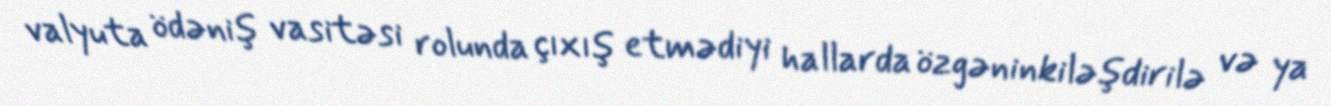
valyuta ödəniş vasitəsi rolunda çıxış etmədiyi hallarda özgəninkiləşdirilə və ya